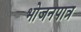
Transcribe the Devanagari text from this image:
भोजनपात्र